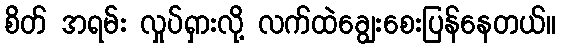
စိတ် အရမ်း လှုပ်ရှားလို့ လက်ထဲချွေးစေးပြန်နေတယ်။